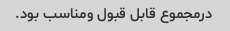
درمجموع قابل قبول ومناسب بود.